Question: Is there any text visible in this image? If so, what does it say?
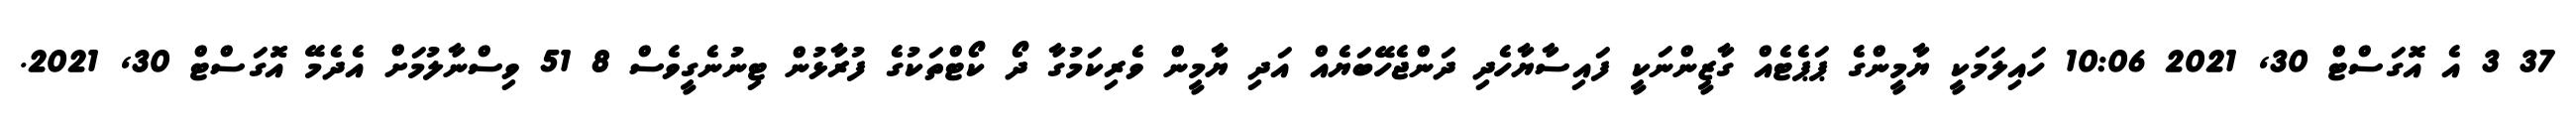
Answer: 37 3 އެ އޮގަސްޓް 30, 2021 10:06 ހައިލަމަކީ ޔާމީންގެ ޕަޕެޓެއް ގާޒީންނަކީ ފައިސާޔާހެދި ދަންޖެހޭބަޔެއް އަދި ޔާމީން ވެރިކަމުގާ ދޯ ކޯޓްތަކުގެ ފުރާޅުން ޓިނުނެގީވެސް 8 51 ވިސްނާލުމަށް އެދެމޭ އޮގަސްޓް 30, 2021.